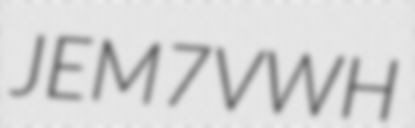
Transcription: JEM7VWH